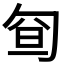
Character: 𠣡